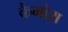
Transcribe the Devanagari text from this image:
कैमोरा